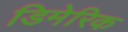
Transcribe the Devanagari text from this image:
डिमेरिक